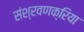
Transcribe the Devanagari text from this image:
संश्रवणक्रिया